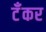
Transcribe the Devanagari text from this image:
टॅँकर